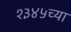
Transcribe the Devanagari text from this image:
१३४५च्या